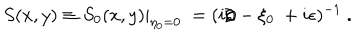
S ( x , y ) \equiv \left. S _ { 0 } ( x , y ) \right| _ { \eta _ { 0 } = 0 } ~ = ( i { \rlap / \partial } - \xi _ { 0 } ~ + i \epsilon ) ^ { - 1 } ~ .